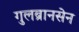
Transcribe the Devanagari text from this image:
गुलब्रानसेन